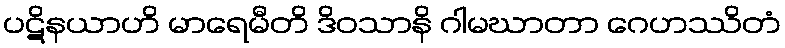
ပဋိနယာဟိ မာရေမီတိ ဒိဝသာနိ ဂါမဃာတာ ဂေဟဿိတံ